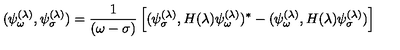
( \psi _ { \omega } ^ { ( \lambda ) } , \psi _ { \sigma } ^ { ( \lambda ) } ) = { \frac { 1 } { ( \omega - \sigma ) } } \left[ ( \psi _ { \sigma } ^ { ( \lambda ) } , H ( \lambda ) \psi _ { \omega } ^ { ( \lambda ) } ) ^ { * } - ( \psi _ { \omega } ^ { ( \lambda ) } , H ( \lambda ) \psi _ { \sigma } ^ { ( \lambda ) } ) \right]